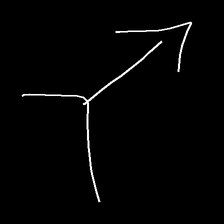
Glyph: gather